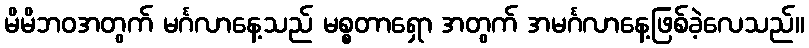
မိမိဘဝအတွက် မင်္ဂလာနေ့သည် မစ္စတာရှော အတွက် အမင်္ဂလာနေ့ဖြစ်ခဲ့လေသည်။